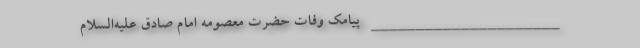
_____________________ پیامک وفات حضرت معصومه امام صادق عليه‌السلام